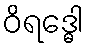
ဝိရဒ္ဓေါ